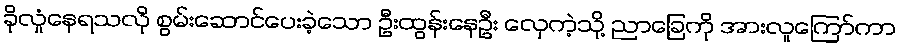
ခိုလှုံနေရသလို စွမ်းဆောင်ပေးခဲ့သော ဦးထွန်းနေဦး လှေကဲ့သို့ ညာခြေကို အားလူကြော်ကာ